Report on horse surra - Volume I
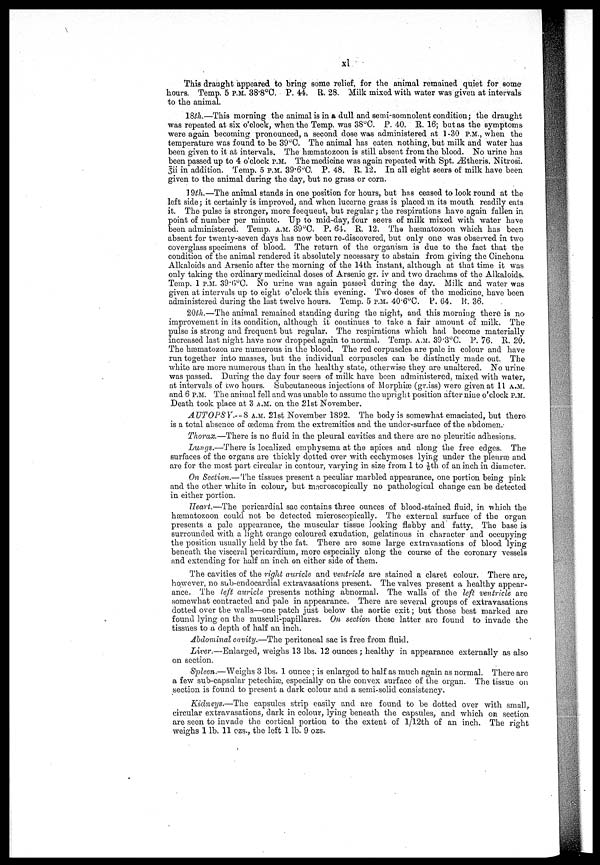
xl
This draught appeared to bring some relief, for the animal remained quiet for some
hours. Temp. 5 P.M. 38.8°C. P. 44. R. 28. Milk mixed with water was given at intervals
to the animal.
18th.—This morning the animal is in a dull and semi-somnolent condition; the draught
was repeated at six o'clock, when the Temp, was 3S°C. P. 40. R. 16; but as the symptoms
were again becoming pronounced, a second dose was administered at 1-30 P.M., when the
temperature was found to be 39°C. The animal has eaten nothing, but milk and water has
been given to it at intervals. The hæmatozoon is still absent from the blood. No urine has
been passed up to 4 o'clock P.M. The medicine was again repeated with Spt. Ætheris. Nitrosi.
3ii in addition. Temp. 5 P.M. 39.6°C. P. 48. R. 12. In all eight seers of milk have been
given to the animal during the day, but no grass or corn.
19th.—The animal stands in one position for hours, but has ceased to look round at the
left side; it certainly is improved, and when lucerne grass is placed m its mouth readily eats
it. The pulse is stronger, more feequeut, but regular; the respirations have again fallen in
point of number per minute. Up to mid-day, four seers of milk mixed with water have
been administered. Temp. A.M. 39°C. P. 64. R. 12. The hærnatozoon which has been
absent for twenty-seven days has now been re-discovered, but only one was observed in two
coverglass specimens of blood. The return of the organism is due to the fact that the
condition of the animal rendered it absolutely necessary to abstain from giving the Cinchona
Alkaloids and Arsenic after the morning of the 14th instant, although at that time it was
only taking the ordinary medicinal doses of Arsenic gr. iv and two drachms of the Alkaloids.
Temp. 1 P.M. 39.6°C. No urine was again passed during the day. Milk and water was
given at intervals up to eight o'clock this evening. Two doses of the medicine, have been
administered during the last twelve hours. Temp. 5 P.M. 40.6°C. P. 64. R. 36.
20th.—The animal remained standing during the night, and this morning there is no
improvement in its condition, although it continues to take a fair amount of milk. The
pulse is strong and frequent but regular. The respirations which had become materially
increased last night have now dropped again to normal. Temp. A.M. 39.3°C. P. 76. R. 20.
The hæmatozoa are numerous in the blood. The red corpuscles are pale in colour and have
run together into masses, but the individual corpuscles can be distinctly made out. The
white are more numerous than in the healthy state, otherwise they are unaltered. No urine
was passed. During the day four seers of milk have boon administered, mixed with water,
at intervals of two hours. Subcutaneous injections of Morphiæ (gr.iss) were given at 11 A.M.
and 6 P.M. The animal fell and was unable to assume the upright position after nine o'clock P.M.
Death took place at 3 A.M. on the 21st November.
AUTOPSY.––8 A.M. 21st November 1892. The body is somewhat emaciated, but there
is a total absence of oedema from the extremities and the under-surface of the abdomen.-
Thorax.—There is no fluid in the pleural cavities and there are no pleuritic adhesions.
Lungs.—There is localized emphysema at the apices and along the free edges. The-
surfaces of the organs are thickly dotted over with ecchymoses lying under the pleuræ and
are for the most part circular in contour, varying in size from 1 to 1/6th of an inch in diameter.
On Section.— The tissues present a peculiar marbled appearance, one portion being pink
and the other white in colour, but microscopically no pathological change can be detected
in either portion.
Heart.—The pericardial sac contains three ounces of blood-stained fluid, in which the
hæmatozoon could not be detected microscopically. The external surface of the organ
presents a pale appearance, the muscular tissue looking flabby and fatty. The base is
surrounded with a light orange coloured exudation, gelatinous in character and occupying
the position usually held by the fat. There are some large extravasations of blood lying
beneath the visceral pericardium, more especially along the course of the coronary vessels
and extending for half an inch on either side of them.
The cavities of the right auricle and ventricle are stained a claret colour. There are,
however, no sub-endocardial extravasations present. The valves present a healthy appear-
ance. The left auricle presents nothing abnormal. The walls of the left ventricle are
somewhat contracted and pale in appearance. There are several groups of extravasations
dotted over the Avails—one patch just below the aortic exit; but those best marked are
found lying on the musculi-papillares. On section these latter are found to invade the
tissues to a depth of half an inch.
Abdominal cavity.—The peritoneal sac is free from fluid.
Liver.—Enlarged, weighs 13 lbs. 12 ounces; healthy in appearance externally as also
on section.
Spleen.—Weighs 3 lbs. 1 ounce ; is enlarged to half as much again as normal. There are
a few sub-capsular petechia), especially on the convex surface of the organ. The tissue on
section is found to present a dark colour and a semi-solid consistency.
Kidneys.—The capsules strip easily and are found to be dotted over with small
circular extravasations, dark in colour, lying beneath the capsules, and which on section
are seen to invade the cortical portion to the extent of l/12th of an inch. The rio-ht
weighs 1 lb. 11 ozs., the left 1 lb. 9 ozs.